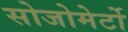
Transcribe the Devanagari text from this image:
सोजोमेर्टो